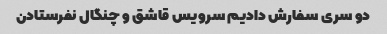
دو سری سفارش دادیم سرویس قاشق و چنگال نفرستادن